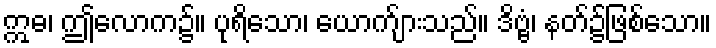
ဣဓ၊ ဤလောက၌။ ပုရိသော၊ ယောက်ျားသည်။ ဒိဗ္ဗံ၊ နတ်၌ဖြစ်သော။